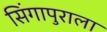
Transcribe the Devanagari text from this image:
सिंगापुराला